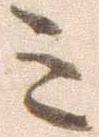
ミ